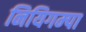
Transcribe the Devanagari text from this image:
नियिगम्‍पा